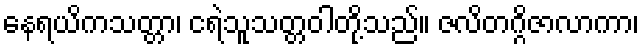
နေရယိကသတ္တာ၊ ငရဲသူသတ္တဝါတို့သည်။ ဇလိတဂ္ဂိဇာလာကာ၊